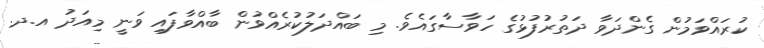
ކުރައްވަމުން ގެންދަވާ ދަތުރުފުޅުގެ ހަވާސާގައެވެ. މި ބައްދަލުކުރެއްވުން ބާއްވާފައި ވަނީ މިއަދު އ.ދ.